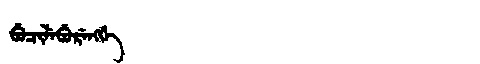
Manchu: ᠪᡠᠴᡳᠯᡝᠪᡠᡵᡝᠩᡤᡝ
Romanization: BUCILEBURENGGE